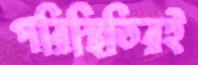
পরিস্থিতিরই